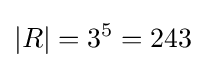
|R|=3^{5}=243